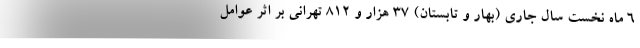
۶ ماه نخست سال جاری (بهار و تابستان) ۳۷ هزار و ۸۱۲ تهرانی بر اثر عوامل